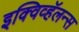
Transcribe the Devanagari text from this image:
इक्विव्हॅलन्स